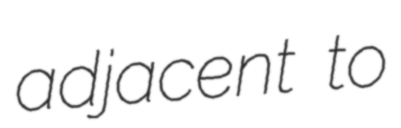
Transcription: adjacent to